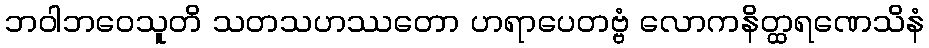
ဘဝါဘဝေသူတိ သတသဟဿတော ဟရာပေတဗ္ဗံ လောကနိတ္ထရဏေသိနံ